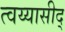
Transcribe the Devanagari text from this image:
त्वय्यासीद्